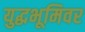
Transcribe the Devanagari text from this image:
युद्धभूमिवर